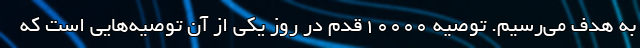
به هدف می‌رسیم. توصیه ۱۰۰۰۰‌قدم در روز یکی از آن توصیه‌هایی است که